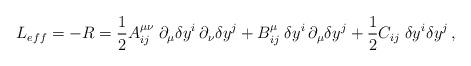
LaTeX: \begin{align*}L_{eff} = - R = \frac{1}{2} A^{\mu \nu}_{ij} \; \partial_{\mu}{\delta y}^i \, \partial_{\nu}{\delta y}^j + B^{\mu}_{ij}\; {\delta y}^i \, \partial_\mu \delta y^j + \frac{1}{2}C_{ij}\; \delta y^i \delta y^j \, ,\end{align*}